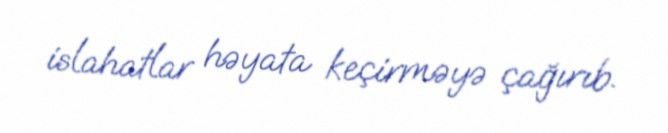
islahatlar həyata keçirməyə çağırıb.